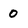
Character: 0